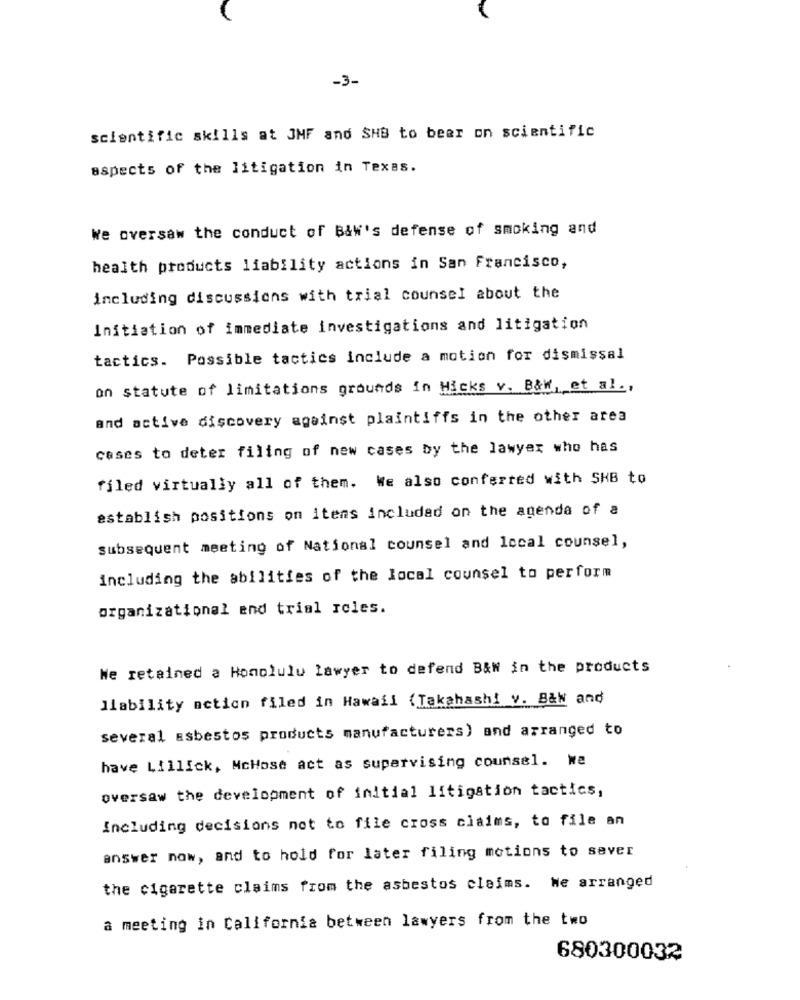
-3-
scientific skills at JNF and SHB to bear on scientific
aspects of the litigation in Texas.
We oversaw the conduct of B&w's defense of smoking and
health products liability actions in San Francisco,
including discussions with trial counsel about the
Initiation of immediate investigations and litigation
tactics. Possible tactics include a motion for dismissal
on statute of limitations grounds in Hicks v. B&W, et al .,
and active discovery against plaintiffs in the other area
cases to deter filing of new cases by the lawyer who has
filed virtually all of them. We also conferred with SHB to
establish positions on itens included on the agenda of a
subsequent meeting of National counsel and local counsel,
including the abilities of the local counsel to perform
organizational end trial roles.
Ne retained a Honolulu lawyer to defend B&W in the products
liability action filed in Hawaii (Takahashi v. B&w and
several asbestos products manufacturers) and arranged to
have Lillick, McHose act as supervising counsel. We
oversaw the development of initial litigation tactics,
Including decisions not to file cross claims, to file an
answer now, and to hold for later filing motions to sever
the cigarette claims from the asbestos claims. We arranged
a meeting in California between lawyers from the two
680300032